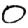
Digit: 0